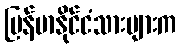
မြန်မာနိုင်ငံသားများက